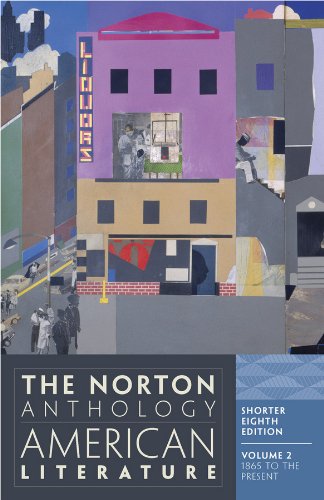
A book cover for The Norton Anthology of American Literature, Vol. 2: 1865 to the Present, Shorter 8th Edition; Literature & Fiction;